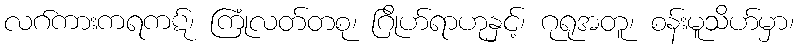
လဂ်ကားကရကဋ်၊ ကြုံလတ်တစု၊ ဂြိုဟ်ရာဟုနှင့်၊ ဂုရုအတူ၊ စန်းမူသိဟ်မှာ၊